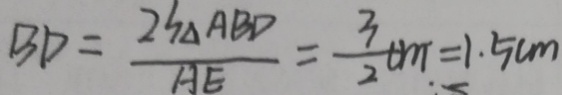
B D = \frac { 2 3 \Delta A B D } { A E } = \frac { 3 } { 2 } + t m = 1 . 5 c m